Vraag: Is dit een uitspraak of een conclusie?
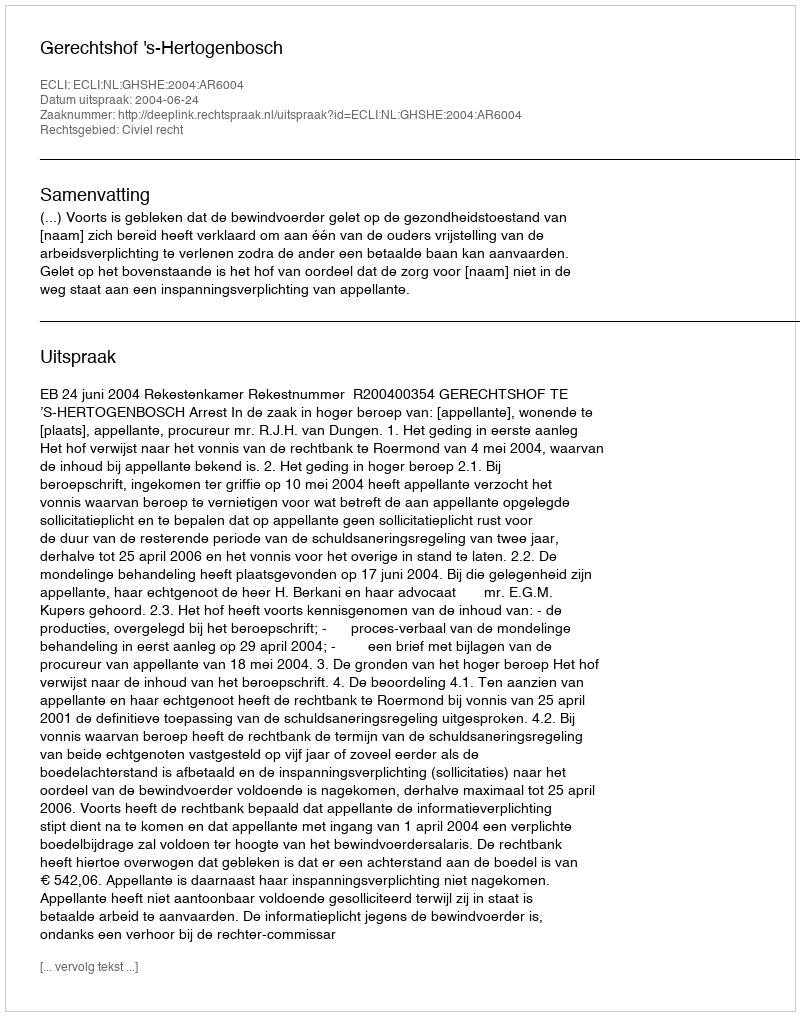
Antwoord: Uitspraak